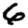
Digit: 6